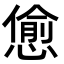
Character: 𢠚